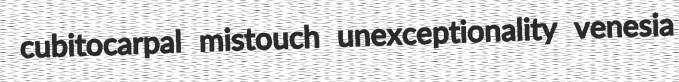
cubitocarpal mistouch unexceptionality venesia